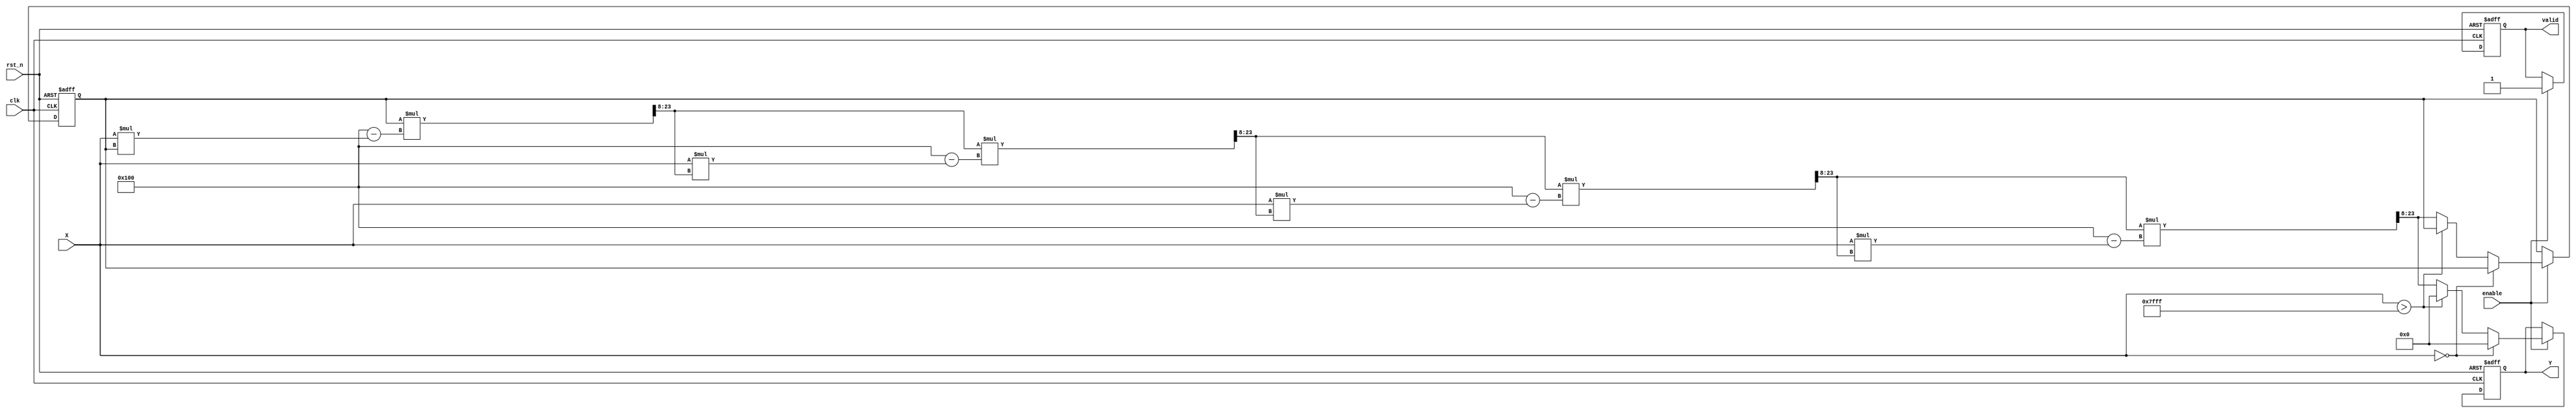
module FixedPointReciprocal #(
    parameter M = 8, // Number of integer bits
    parameter N = 8, // Number of fractional bits
    parameter ITERATIONS = 4 // Number of iterations for Newton-Raphson
)(
    input wire clk,
    input wire rst_n,
    input wire enable,
    input wire [M+N-1:0] X, // Input fixed-point number
    output reg [M+N-1:0] Y, // Output fixed-point reciprocal
    output reg valid // Output valid signal
);

    localparam MAX_VALUE = {1'b0, {M+N-1{1'b1}}}; // Maximum representable value
    localparam ZERO = {M+N{1'b0}}; // Zero value
    localparam INFINITY = {1'b0, {M+N-1{1'b0}}}; // Representation for infinity

    reg [M+N-1:0] approx; // Current approximation of the reciprocal
    reg [M+N-1:0] temp; // Temporary variable for calculations
    integer i;

    always @(posedge clk or negedge rst_n) begin
        if (!rst_n) begin
            Y <= ZERO;
            valid <= 1'b0;
            approx <= ZERO;
        end else if (enable) begin
            if (X == ZERO) begin
                Y <= INFINITY; // Handle zero input
                valid <= 1'b1;
            end else if (X > MAX_VALUE) begin
                Y <= INFINITY; // Handle overflow
                valid <= 1'b1;
            end else begin
                approx <= {1'b0, {M+N-1{1'b1}}} / X; // Initial approximation (1/X)
                valid <= 1'b0; // Reset valid signal

                // Newton-Raphson Iteration
                for (i = 0; i < ITERATIONS; i = i + 1) begin
                    temp = approx;
                    approx = approx * (2**N - X * approx) >> N; // Update approximation
                end

                Y <= approx; // Final output
                valid <= 1'b1; // Set valid signal
            end
        end
    end

endmodule